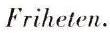
Friheten.